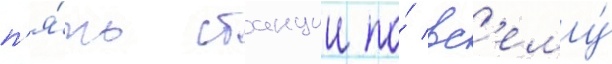
п'я́ть станции по́ вс'ему́